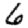
Digit: 6